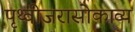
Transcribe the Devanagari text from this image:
पृथ्वीजरासोकाव्य